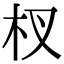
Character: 杈